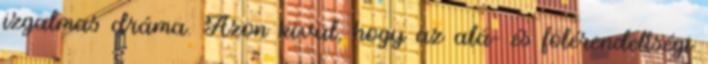
izgalmas dráma. Azon kívül, hogy az alá- és fölérendeltségi